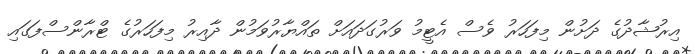
އިރުޝާދުގެ ދަށުން މިފަހަރު ވެސް އެޓީމު ވަރުގަދައަށް ތައްޔާރުވަމުން ދާއިރު މިފަހަރުގެ ޓްރާންސްފަގައި